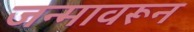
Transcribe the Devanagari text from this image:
जन्मावरून